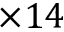
\times { } 1 4